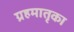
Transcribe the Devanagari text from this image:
ग्रहमातृका